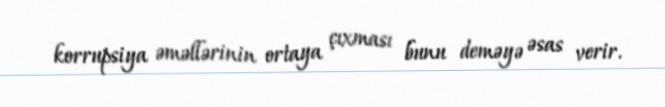
korrupsiya əməllərinin ortaya çıxması bunu deməyə əsas verir.